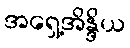
အရှေ့အိန္ဒိယ